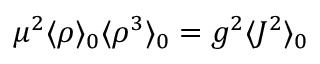
\mu ^ { 2 } \langle \rho \rangle _ { 0 } \langle \rho ^ { 3 } \rangle _ { 0 } = g ^ { 2 } \langle J ^ { 2 } \rangle _ { 0 }